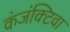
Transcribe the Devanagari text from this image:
कंजंक्टिवा